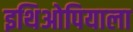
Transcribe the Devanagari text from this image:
इथिओपियाला